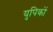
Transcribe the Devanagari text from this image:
युपिकों